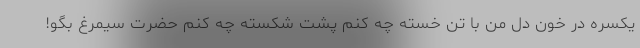
یکسره در خون دل من با تن خسته چه کنم پشت شکسته چه کنم حضرت سیمرغ بگو!